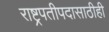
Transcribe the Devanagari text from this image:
राष्ट्रपतीपदासाठीही